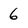
Character: 6